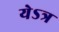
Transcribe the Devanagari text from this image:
येऽत्र